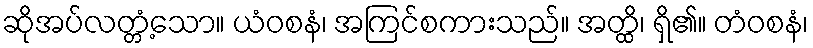
ဆိုအပ်လတ္တံ့သော။ ယံဝစနံ၊ အကြင်စကားသည်။ အတ္ထိ၊ ရှိ၏။ တံဝစနံ၊